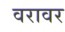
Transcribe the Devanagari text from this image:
वरावर